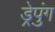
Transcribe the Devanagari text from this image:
ड्रेपुंग